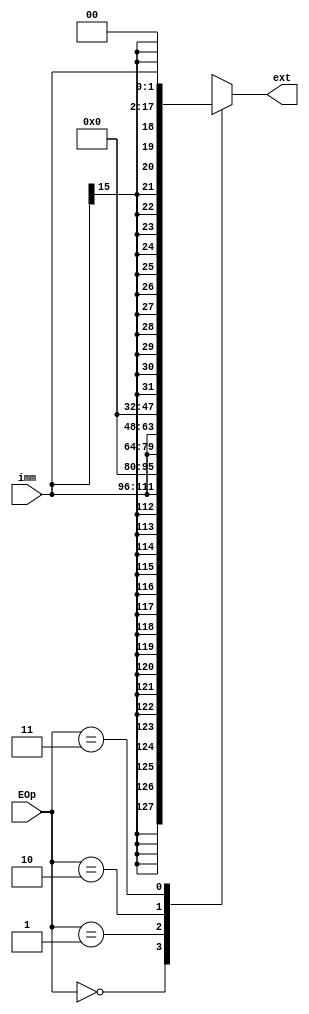
`timescale 1ns / 1ps

module ext(
    input [15:0] imm,
    input [1:0] EOp,
    output reg [31:0] ext
    );

    wire [31:0] S_ext, Z_ext, lui, other;
    
    assign S_ext = {{16{S_ext[15]}}, imm};
    assign Z_ext = {{16{1'b0}}, imm};
    assign lui = {imm, {16{1'b0}}};
    assign other = {{14{S_ext[15]}}, imm, {2{1'b0}}};
    
    always @(*) begin
        case(EOp)
            2'b00: ext = S_ext;
            2'b01: ext = Z_ext;
            2'b10: ext = lui;
            2'b11: ext = other;
            default:;
        endcase
    end
endmodule